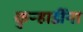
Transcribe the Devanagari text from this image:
कुऱ्हाडींना